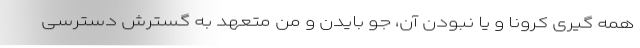
همه گیری کرونا و یا نبودن آن، جو بایدن و من متعهد به گسترش دسترسی